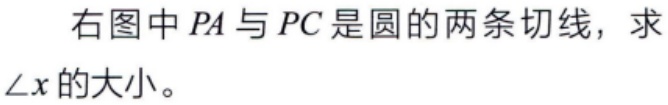
右图中 \(PA\) 与 \(PC\) 是圆的两条切线，求\(\angle x\) 的大小。